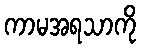
ကာမအရသာကို